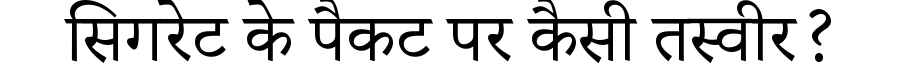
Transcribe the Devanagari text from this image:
सिगरेट के पैकट पर कैसी तस्वीर?